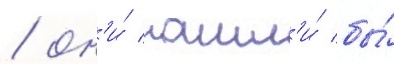
/ он'и́ нашл'и́ бы́